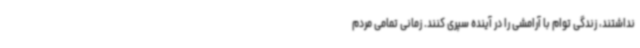
نداشتند، زندگی توام با آرامشی را در آینده سپری کنند. زمانی تمامی مردم